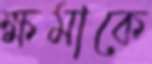
ক্ষমাকে